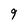
Character: 9